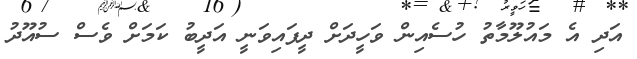
އަދި އެ މައުލޫމާތު ހުސެއިން ވަހީދަށް ދީފައިވަނީ އަދީބު ކަމަށް ވެސް ސުއޫދު